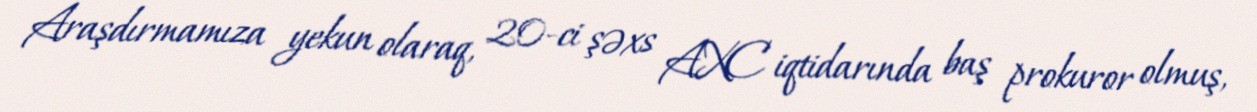
Araşdırmamıza yekun olaraq, 20-ci şəxs AXC iqtidarında baş prokuror olmuş,